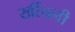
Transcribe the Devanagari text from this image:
खींचनी